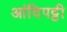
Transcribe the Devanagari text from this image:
आंदिपट्टी